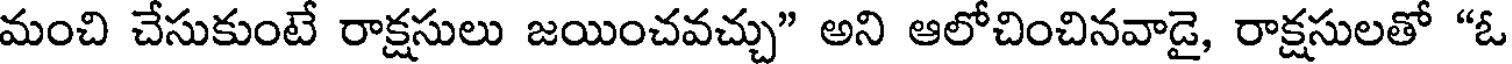
మంచి చేసుకుంటే రాక్షసులు జయించవచ్చు" అని ఆలోచించినవాడై, రాక్షసులతో "ఓ